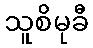
သူစိမုခီ